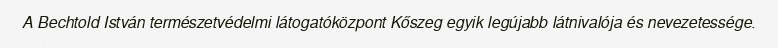
A Bechtold István természetvédelmi látogatóközpont Kőszeg egyik legújabb látnivalója és nevezetessége.